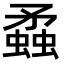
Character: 蟊